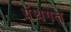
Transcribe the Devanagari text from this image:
ग्रंथगत